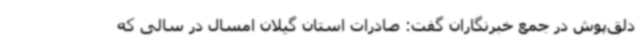
دلق‌پوش در جمع خبرنگاران گفت: صادرات استان گیلان امسال در سالی که